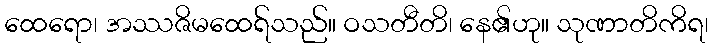
ထေရော၊ အဿဇိမထေရ်သည်။ ဝသတီတိ၊ နေ၏ဟု။ သုဏာတိကိရ၊